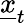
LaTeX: \underline{{x}}_{t}